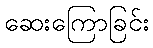
ဆေးကြောခြင်း